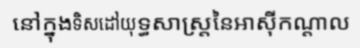
នៅក្នុងទិសដៅយុទ្ធសាស្ត្រនៃអាស៊ីកណ្តាល